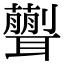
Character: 𦗿